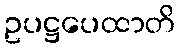
ဥပဋ္ဌပေထာတိ